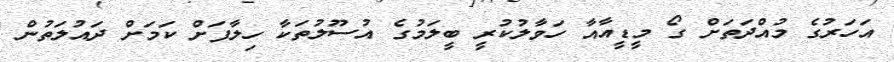
އަހަރުގެ މުއްދަތަށް ގޯ މީޑީއާއާ ހަވާލުކުރީ ބީލަމުގެ އުސޫލުތަކާ ހިލާފަށް ކަމަށް ދައުލަތުން